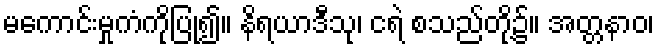
မကောင်းမှုကံကိုပြု၍။ နိရယာဒီသု၊ ငရဲ စသည်တို့၌။ အတ္တနာဝ၊